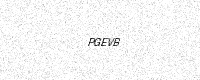
Text: PGEVB